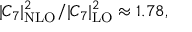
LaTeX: | { \cal C } _ { 7 } | _ { \mathrm { N L O } } ^ { 2 } / | { \cal C } _ { 7 } | _ { \mathrm { L O } } ^ { 2 } \approx 1 . 7 8 ,